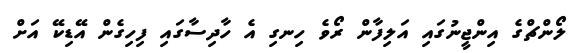
ލޯންޗްގެ އިންޖީނުގައި އަލިފާން ރޯވެ ހިނގި އެ ހާދިސާގައި ފިހިގެން އޭޑިކޭ އަށް